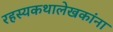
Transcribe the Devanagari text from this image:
रहस्यकथालेखकांना